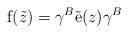
\begin{align*}{\rm f}(\tilde{z})=\gamma^{B}\tilde{{\rm e}}(z)\gamma^{B}\end{align*}